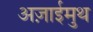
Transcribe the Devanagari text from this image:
अज़ाईमुथ